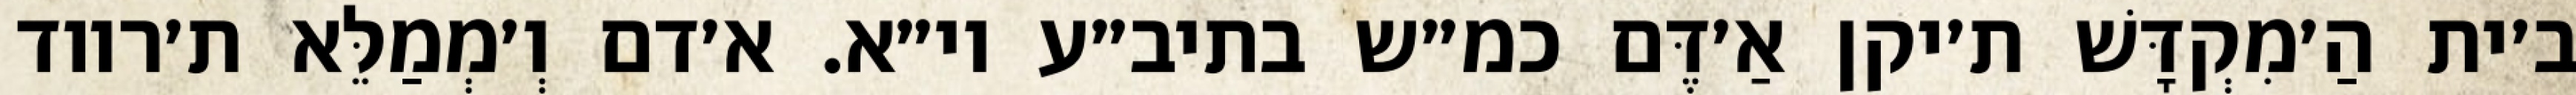
ב׳ית הַ׳מִקְדָּשׁ ת׳יקן אַ׳דֶּם כמ״ש בתיב״ע וי״א. א׳דם וְ׳מְמַלֵּא ת׳רווד